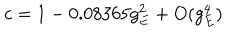
c = 1 - 0 . 0 8 3 6 5 g _ { E } ^ { 2 } + O ( g _ { E } ^ { 4 } )